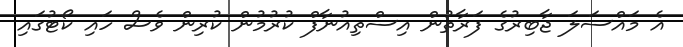
އެ މައްސަލަ ޖާބިރުގެ ފަރާތުން އިސްތިއުނާފް ކުރުމުން ކުރިން ވެސް ހައި ކޯޓުގައި